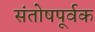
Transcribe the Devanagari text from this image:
संतोषपूर्वक